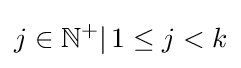
j\in \mathbb {N} ^{+}|\,1\leq j<k